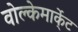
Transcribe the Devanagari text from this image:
वोल्केमार्के्ट